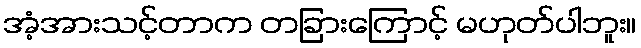
အံ့အားသင့်တာက တခြားကြောင့် မဟုတ်ပါဘူး။